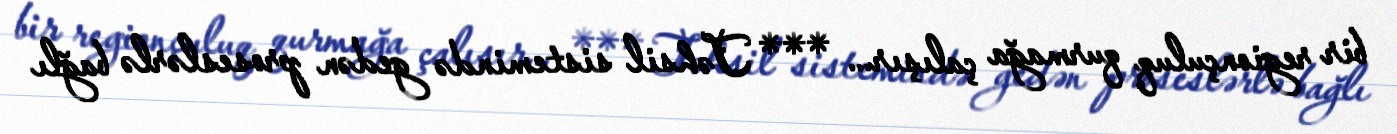
bir regionçuluq qurmağa çalışır... *** Təhsil sistemində gedən proseslərlə bağlı